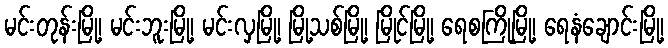
မင်းတုန်းမြို့၊ မင်းဘူးမြို့၊ မင်းလှမြို့၊ မြို့သစ်မြို့၊ မြိုင်မြို့၊ ရေစကြိုမြို့၊ ရေနံချောင်းမြို့၊